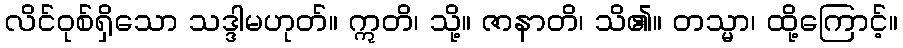
လိင်ဝုစ်ရှိသော သဒ္ဒါမဟုတ်။ ဣတိ၊ သို့။ ဇာနာတိ၊ သိ၏။ တသ္မာ၊ ထို့ကြောင့်။